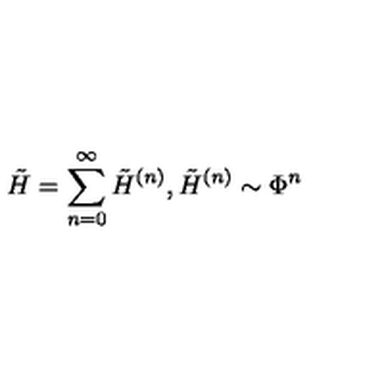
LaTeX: \tilde { H } = \sum _ { n = 0 } ^ { \infty } \tilde { H } ^ { ( n ) } , \tilde { H } ^ { ( n ) } \sim \Phi ^ { n }